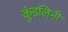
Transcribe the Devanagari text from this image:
कुंडलिनी